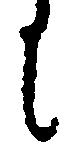
に